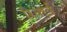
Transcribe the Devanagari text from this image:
रिर्क्ख